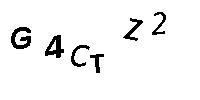
G4CTZ2